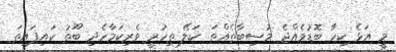
މީ އަޅެ ކިހާ ބޮޑުވެއްޖެ މުސިބާތެއްތަ. ކަލޭ ތިހުރީ ވެރިކަމާހެދި ބޫތު ކައިފައިތަ